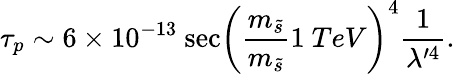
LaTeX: \tau_{p}\sim 6\times 10^{-13}~\mathrm{sec}\left(\frac{m_{\tilde{s}}}{m_{\tilde{s}}}{1~TeV}\right)^{4}\frac{1}{\lambda^{\prime 4}}.